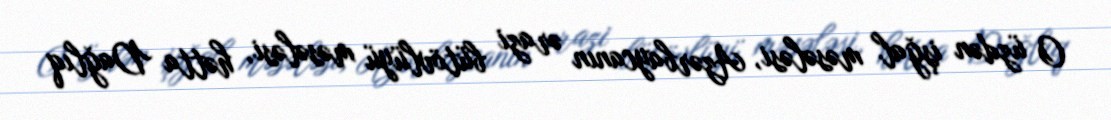
O üzdən işğal məsələsi, Azərbaycanın ərazi bütövlüyü məsələsi, hətta Dağlıq